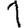
Digit: 1